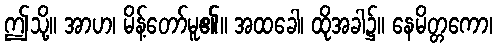
ဤသို့။ အာဟ၊ မိန့်တော်မူ၏။ အထခေါ၊ ထိုအခါ၌။ နေမိတ္တကော၊